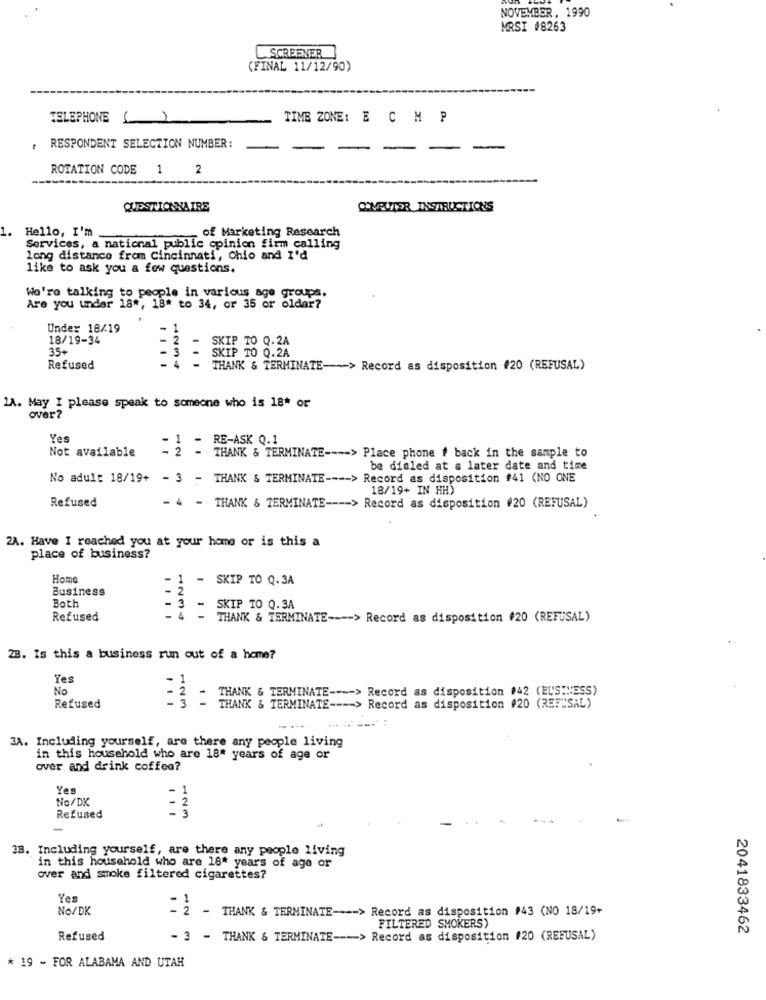
NOVEMBER, 1990
MRSI #8263
SCREENER
(FINAL 11/12/90)
TELEPHONE ()
TIME ZONE: E C M P
. RESPONDENT SELECTION NUMBER:
-
-
-
ROTATION CODE 1 2
QUESTIONNAIRE
COMRUTER INSTRUCTIONS
1.
Hello, I'm
of Marketing Research
Services, a national public opinion firm calling
long distance from Cincinnati, Ohio and I'd
like to ask you a few questions.
We're talking to people in various age groups.
Are you under 18 *, 18* to 34, or 35 or older?
Under 18/19
18/19-34
. 2
SKIP TO Q.2A
35+
SKIP TO Q.2A
- 3 -
Refused
THANK & TERMINATE-> Record as disposition #20 (REFUSAL)
1A. May I please speak to someone who is 18* or
over?
Yes
RE-ASK Q.1
Not available
THANK & TERMINATE ---- > Place phone # back in the sample to
be dialed at a later date and time
No adult 18/19+
- 3 - THANK & TERMINATE ---- > Record as disposition #41 (NO ONE
18/19+ IN HH)
Refused
- 4 - THANK & TERMINATE ---- > Record as disposition #20 (REFUSAL)
2A. Have I reached you at your home or is this a
place of business?
Home
-
1
- SKIP TO Q. 3A
Business
-
2
Both
- 3 -
SKIP TO 0.3A
Refused
THANK & TERMINATE ---- > Record as disposition #20 (REFUSAL)
23. Is this a business run out of a home?
Yes
No
THANK & TERMINATE ---- > Record as disposition #42 (BUSINESS)
- 2
:
Refused
THANK & TERMINATE ---- > Record as disposition #20 (REF""SAL)
3A. Including yourself, are there any people living
in this household who are 18* years of age or
over and drink coffee?
Yes
No/DK
Refused
38. Including yourself, are there any people living
in this household who are 18* years of age or
over and smoke filtered cigarettes?
Yes
No/DK
THANK & TERMINATE ---- > Record as disposition #43 (NO 18/19+
FILTERED SMOKERS)
2041833462
Refused
- 3
- THANK & TERMINATE --- > Record as disposition #20 (REFUSAL)
* 19 - FOR ALABAMA AND UTAH